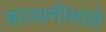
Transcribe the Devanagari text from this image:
काव्यमीमांसे